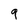
Character: 9